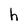
Character: h